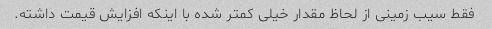
فقط سیب زمینی از لحاظ مقدار خیلی کمتر شده با اینکه افزایش قیمت داشته.